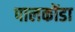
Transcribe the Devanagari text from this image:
पालकोंडा